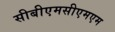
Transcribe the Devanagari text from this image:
सीबीएमसीएमएम